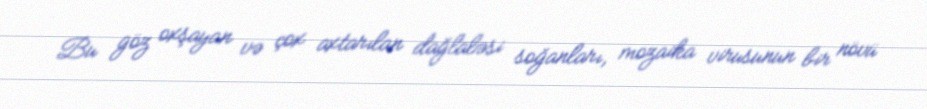
Bu göz oxşayan və çox axtarılan dağlaləsi soğanları, mozaika virusunun bir növü